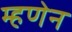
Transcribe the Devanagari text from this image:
म्हणेन